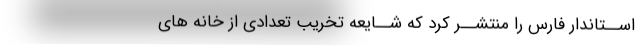
اســتاندار فارس را منتشــر کرد که شــایعه تخریب تعدادی از خانه های